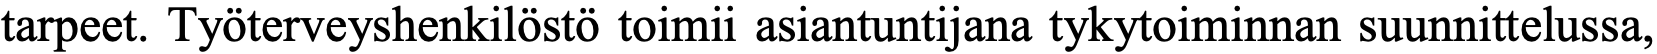
tarpeet. Työterveyshenkilöstö toimii asiantuntijana tykytoiminnan suunnittelussa,